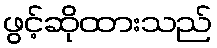
ဖွင့်ဆိုထားသည်